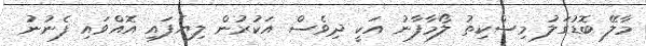
މާލޭ ބޮޑުގަލު މިސްކިތު ލޯމާފާނު އަކީ ދިވެސް އަކުރުން ލިޔެފައި އޮއްވައި ފެނުނު